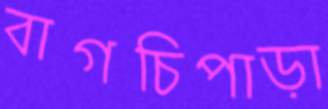
বাগচিপাড়া